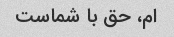
ام، حق با شماست